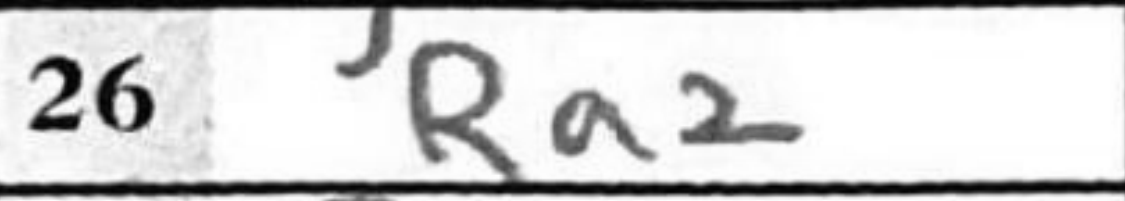
Transcription: Ra2